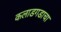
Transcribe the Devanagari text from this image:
कलाडगडाचा